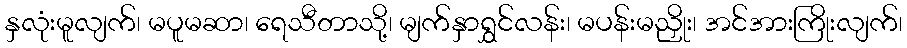
နှလုံးမူလျက်၊ မပူမဆာ၊ ရေသီတာသို့၊ မျက်နှာရွှင်လန်း၊ မပန်းမညှိုး၊ အင်အားကြိုးလျက်၊